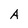
Character: A